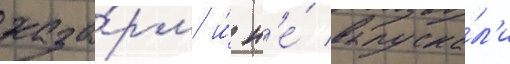
каза́рм и́ н'е́ выпуска́л'и